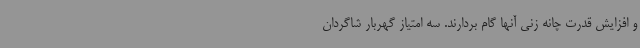
و افزایش قدرت چانه زنی آنها گام بردارند. سه امتیاز گهربار شاگردان